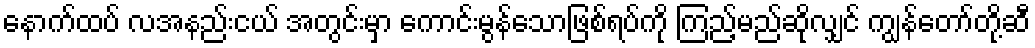
နောက်ထပ် လအနည်းငယ် အတွင်းမှာ ကောင်းမွန်သောဖြစ်ရပ်ကို ကြည့်မည်ဆိုလျှင် ကျွန်တော်တို့ဆီ